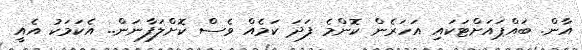
އާން. ބައްޕައަށްޓަކައި އަހަރެން ކޮންމެ ފަދަ ކަމެއް ވެސް ކޮށްލަފާނަން.. އެކަމަކު އެއީ